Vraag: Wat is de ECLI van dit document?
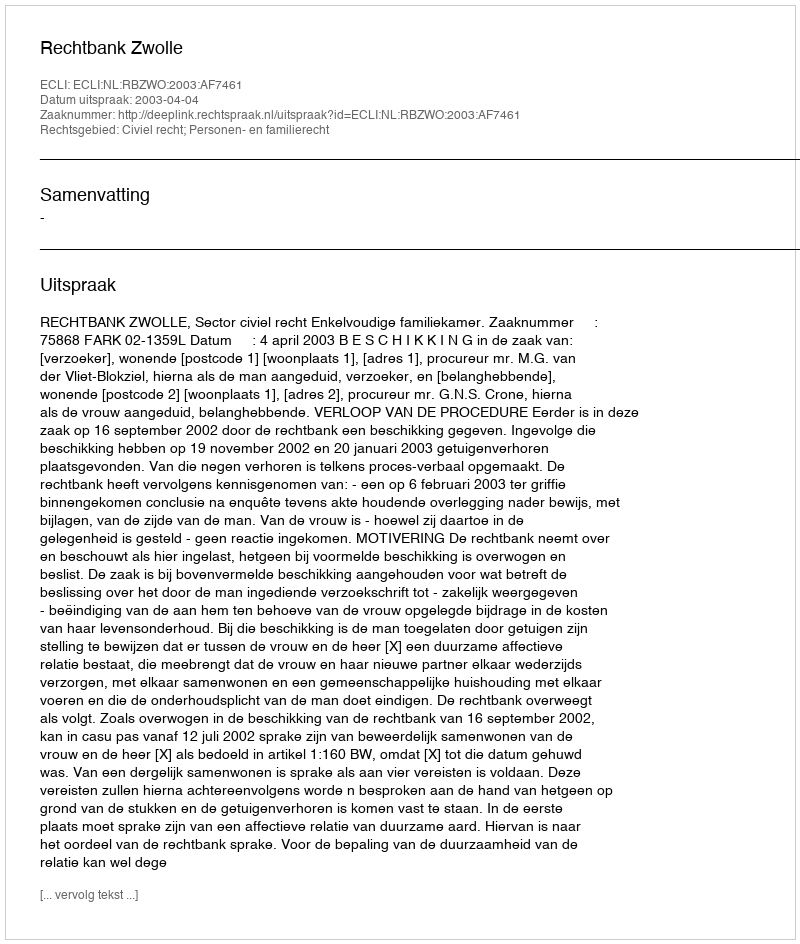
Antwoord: ECLI:NL:RBZWO:2003:AF7461